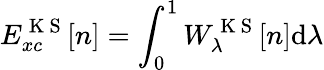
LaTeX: E_{xc}^{\mathrm{~K~S~}}[n]=\int_{0}^{1}W_{\lambda}^{\mathrm{~K~S~}}[n]\mathrm{d}\lambda